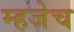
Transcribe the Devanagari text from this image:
म्हजेच